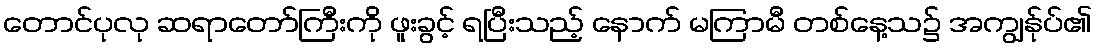
တောင်ပုလု ဆရာတော်ကြီးကို ဖူးခွင့် ရပြီးသည့် နောက် မကြာမီ တစ်နေ့သ၌ အကျွန်ုပ်၏